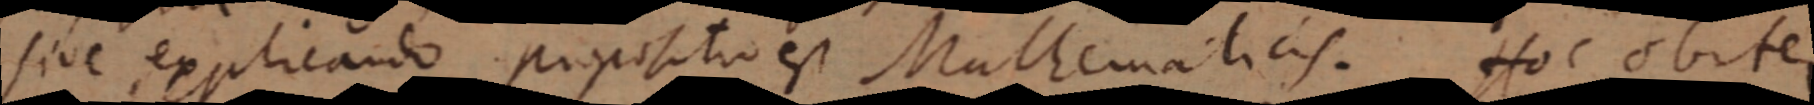
sive explicando propositio est Mathematicis. Hoc obiter